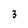
Character: 3